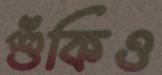
শুঁকিও